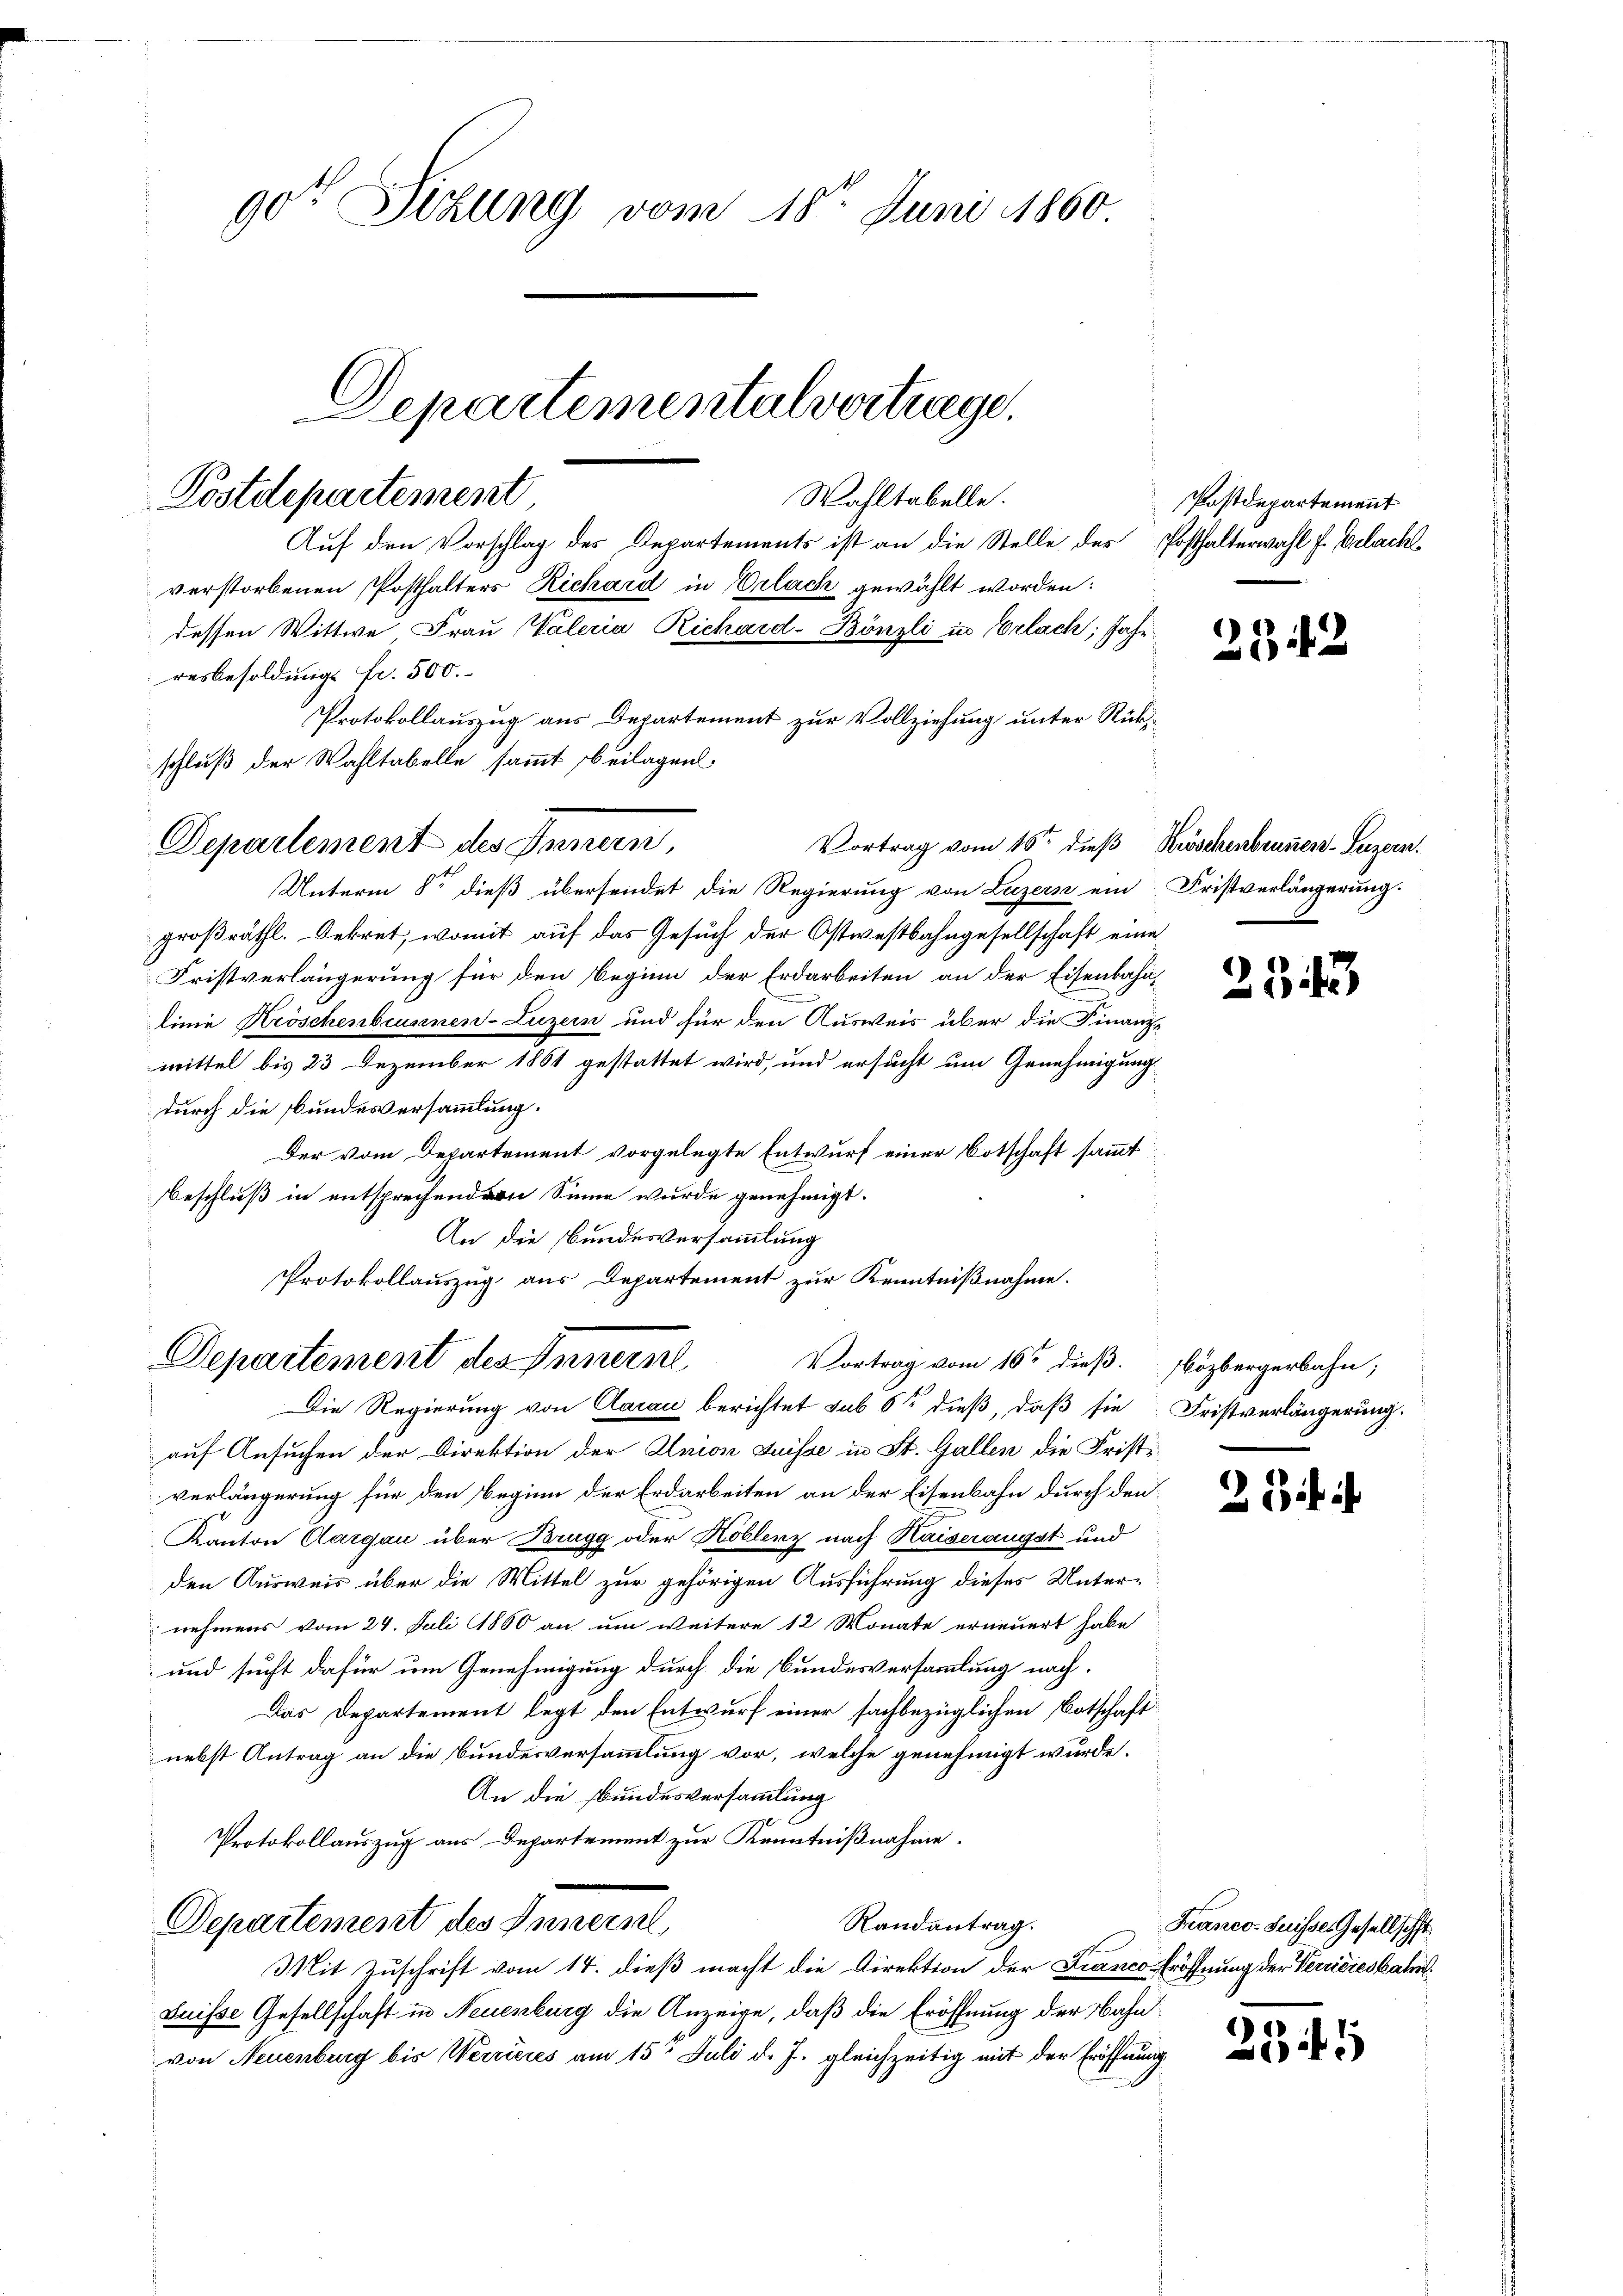
got Sitzung vom 18ten Juni 1860
Departementalvertrage.

Postdepartement

Auf den Vorschlag des Departements ist an die Stelle des Posthalterwahl f. Gelacht
verstorbenen Posthalters Richard in Erlach gewählt worden:
dessen Wittwe Frau Valeria Richard-Bönzli in Erlach, Jahr
Protokollauszug aus Departement zur Vollziehung unter Rück¬
Vortrag vom 15ten dieß Kröschenbrunnen Luzern.
Unterm 8te dieß übersendet die Regierung von Luzern ein Fristverlängerung.
großräthl. Dekret, womit auf das Gesuch der Ostwestbahngesellschaft eine
Fristverlängerung für den Beginn der Erdarbeiten an der Eisenbahnlinie Kröschenbrunnen-Luzern und für den Ausweis über die Finanz-
mittel bis 23 Dezember 1861 gestattet wird, und ersucht um Genehmigung
durch die Bundesversammlung.
Der vom Departement vorgelegte Entwurf einer Botschaft sammt
Beschluß in entsprechenden Sinne wurde genehmigt.
An die Bundesversammlung
Protokollauszug aus Departement zur Kenntnißnahme.
Departement des Innerne
Vortrag vom 16ten dieß. Fözbergerbahn,
Die Regierung von Aarau berichtet sub 6t dieß, daß sie Fristverlängerung.
auf Ansuchen der Direktion der Union Suisse in St. Gallen die Fristeverlängerung für den Beginn der Erdarbeiten an der Eisenbahn durch den
Kanton Aargau über Brugg oder Hoblenz nach Kaiseraugst und
den Ausweis über die Mittel zur gehörigen Ausführung dieses Unternehmens vom 24. Juli 1860 an um weitere 12 Monate erneuert habe
und sucht dafür um Genehmigung durch die Bundesversammlung nach¬
Das Departement legt den Entwurf einer sachbezüglichen Botschaft
nebst Antrag an die Bundesversammlung vor, welche genehmigt wurde.
An die Bundesversammlung
Protokollauszug aus Departement zur Kenntnißnahme.
Randantrag.
Departement des Innern
Mit Zuschrift vom 14. dieß macht die Direktion der Franco Eröffnung der Verrieres kate
Suisse Gesellschaft in Neuenburg die Anzeige, daß die Eröffnung der Bahnvon Neuenburg bis Werrieres am 15t Juli d. J. gleichzeitig mit der Eröffnung

resbesoldungs fr. 500.
schluß der Wahltabelle sammt beilagen.
Departement des Peenern,

Wahltabelle.

Postdepartement

Franco- Suisses Gesellscht

2942

2342

23 i

2549